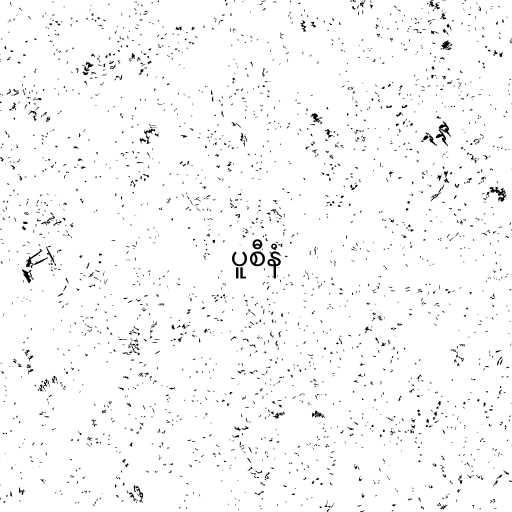
ပူစီနံ